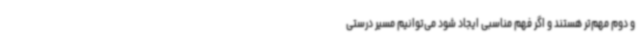
و دوم مهم‌تر هستند و اگر فهم مناسبی ایجاد شود می‌توانیم مسیر درستی